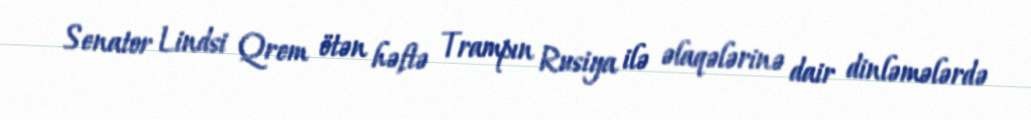
Senator Lindsi Qrem ötən həftə Trampın Rusiya ilə əlaqələrinə dair dinləmələrdə